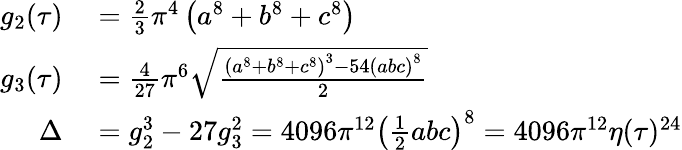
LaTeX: \begin{array}{rl}{g_{2}(\tau)}&{{}={\frac{2}{3}}\pi^{4}\left(a^{8}+b^{8}+c^{8}\right)}\\ {g_{3}(\tau)}&{{}={\frac{4}{27}}\pi^{6}{\sqrt{\frac{\left(a^{8}+b^{8}+c^{8}\right)^{3}-54\left(abc\right)^{8}}{2}}}}\\ {\Delta}&{{}=g_{2}^{3}-27g_{3}^{2}=4096\pi^{12}\left({\frac{1}{2}}abc\right)^{8}=4096\pi^{12}\eta(\tau)^{24}}\end{array}